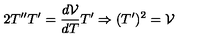
2 T ^ { \prime \prime } T ^ { \prime } = \frac { d \mathcal { V } } { d T } T ^ { \prime } \Rightarrow ( T ^ { \prime } ) ^ { 2 } = \mathcal { V }